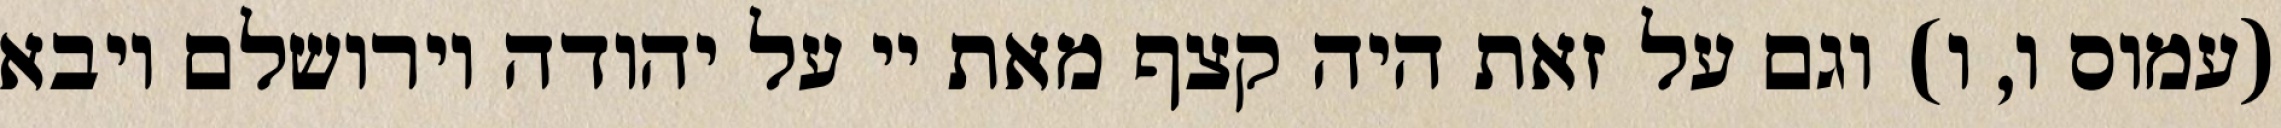
(עמוס ו, ו) וגם על זאת היה קצף מאת יי על יהודה וירושלם ויבא